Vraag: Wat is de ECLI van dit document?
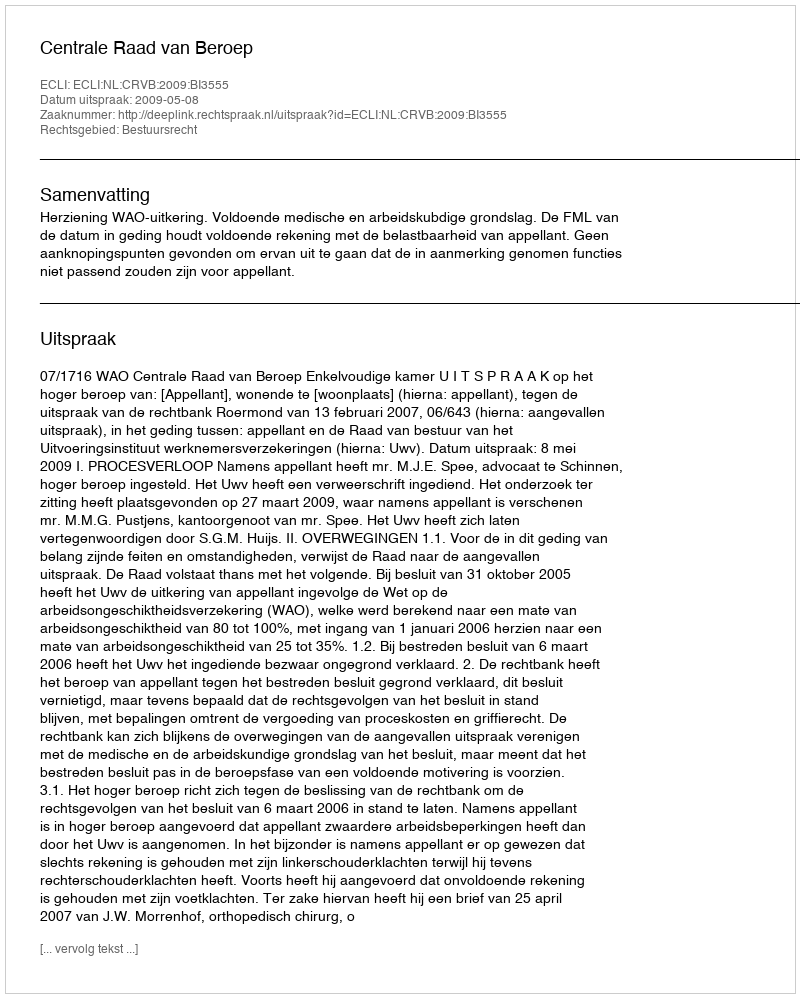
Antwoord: ECLI:NL:CRVB:2009:BI3555